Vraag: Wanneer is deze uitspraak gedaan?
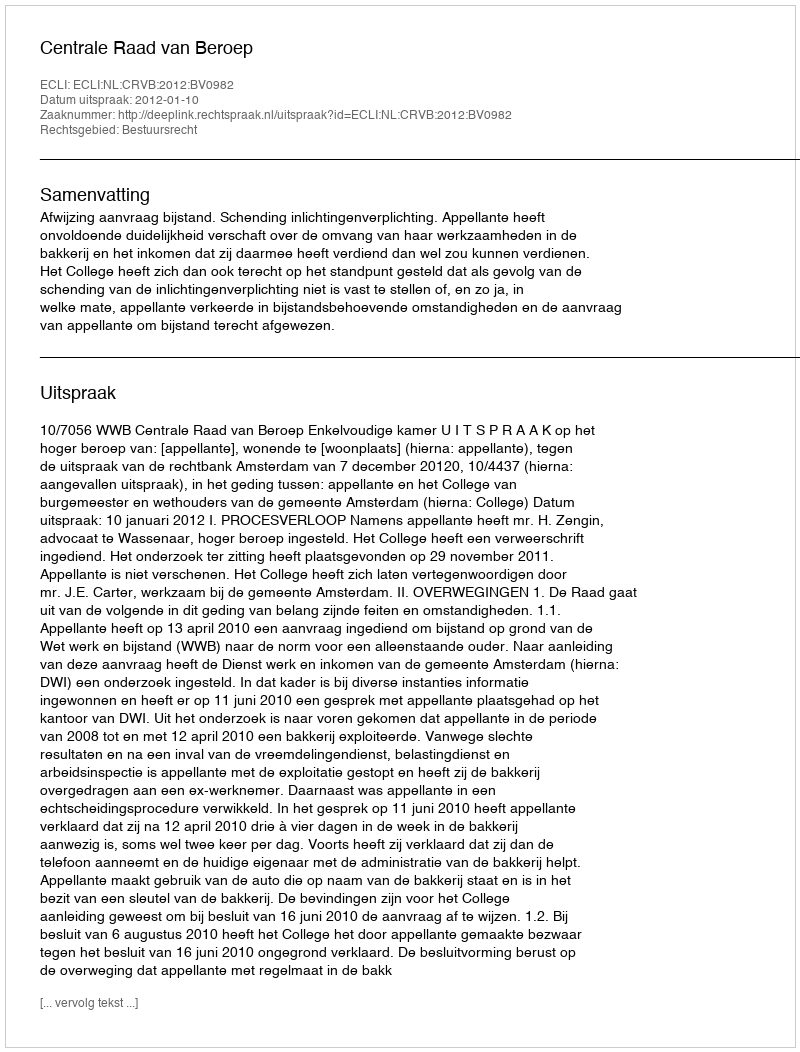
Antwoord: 2012-01-10